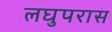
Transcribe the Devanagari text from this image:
लघुपरास